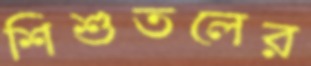
শিশুতলের